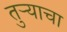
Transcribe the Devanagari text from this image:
तुऱ्याचा